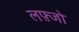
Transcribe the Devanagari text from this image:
लफ़्जो